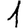
Digit: 1